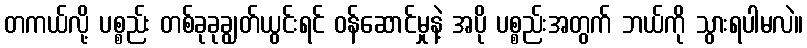
တကယ်လို့ ပစ္စည်း တစ်ခုခုချွတ်ယွင်းရင် ဝန်ဆောင်မှုနဲ့ အပို ပစ္စည်းအတွက် ဘယ်ကို သွားရပါမလဲ။